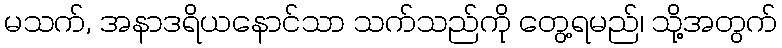
မသက်, အနာဒရိယနောင်သာ သက်သည်ကို တွေ့ရမည်၊ သို့အတွက်